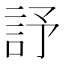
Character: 𧦃